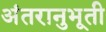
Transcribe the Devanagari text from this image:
अंतरानुभूती